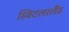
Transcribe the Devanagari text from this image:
स्विटलरलैंड